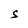
Character: S